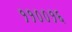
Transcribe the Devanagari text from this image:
११००१६